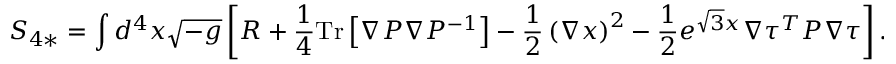
S _ { 4 * } = \int d ^ { 4 } x \sqrt { - g } \left[ R + \frac { 1 } { 4 } \mathrm { T r } \left[ \nabla P \nabla P ^ { - 1 } \right] - \frac { 1 } { 2 } \left( \nabla x \right) ^ { 2 } - \frac { 1 } { 2 } e ^ { \sqrt { 3 } x } \nabla \tau ^ { T } P \nabla \tau \right] .